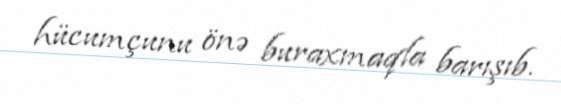
hücumçunu önə buraxmaqla barışıb.